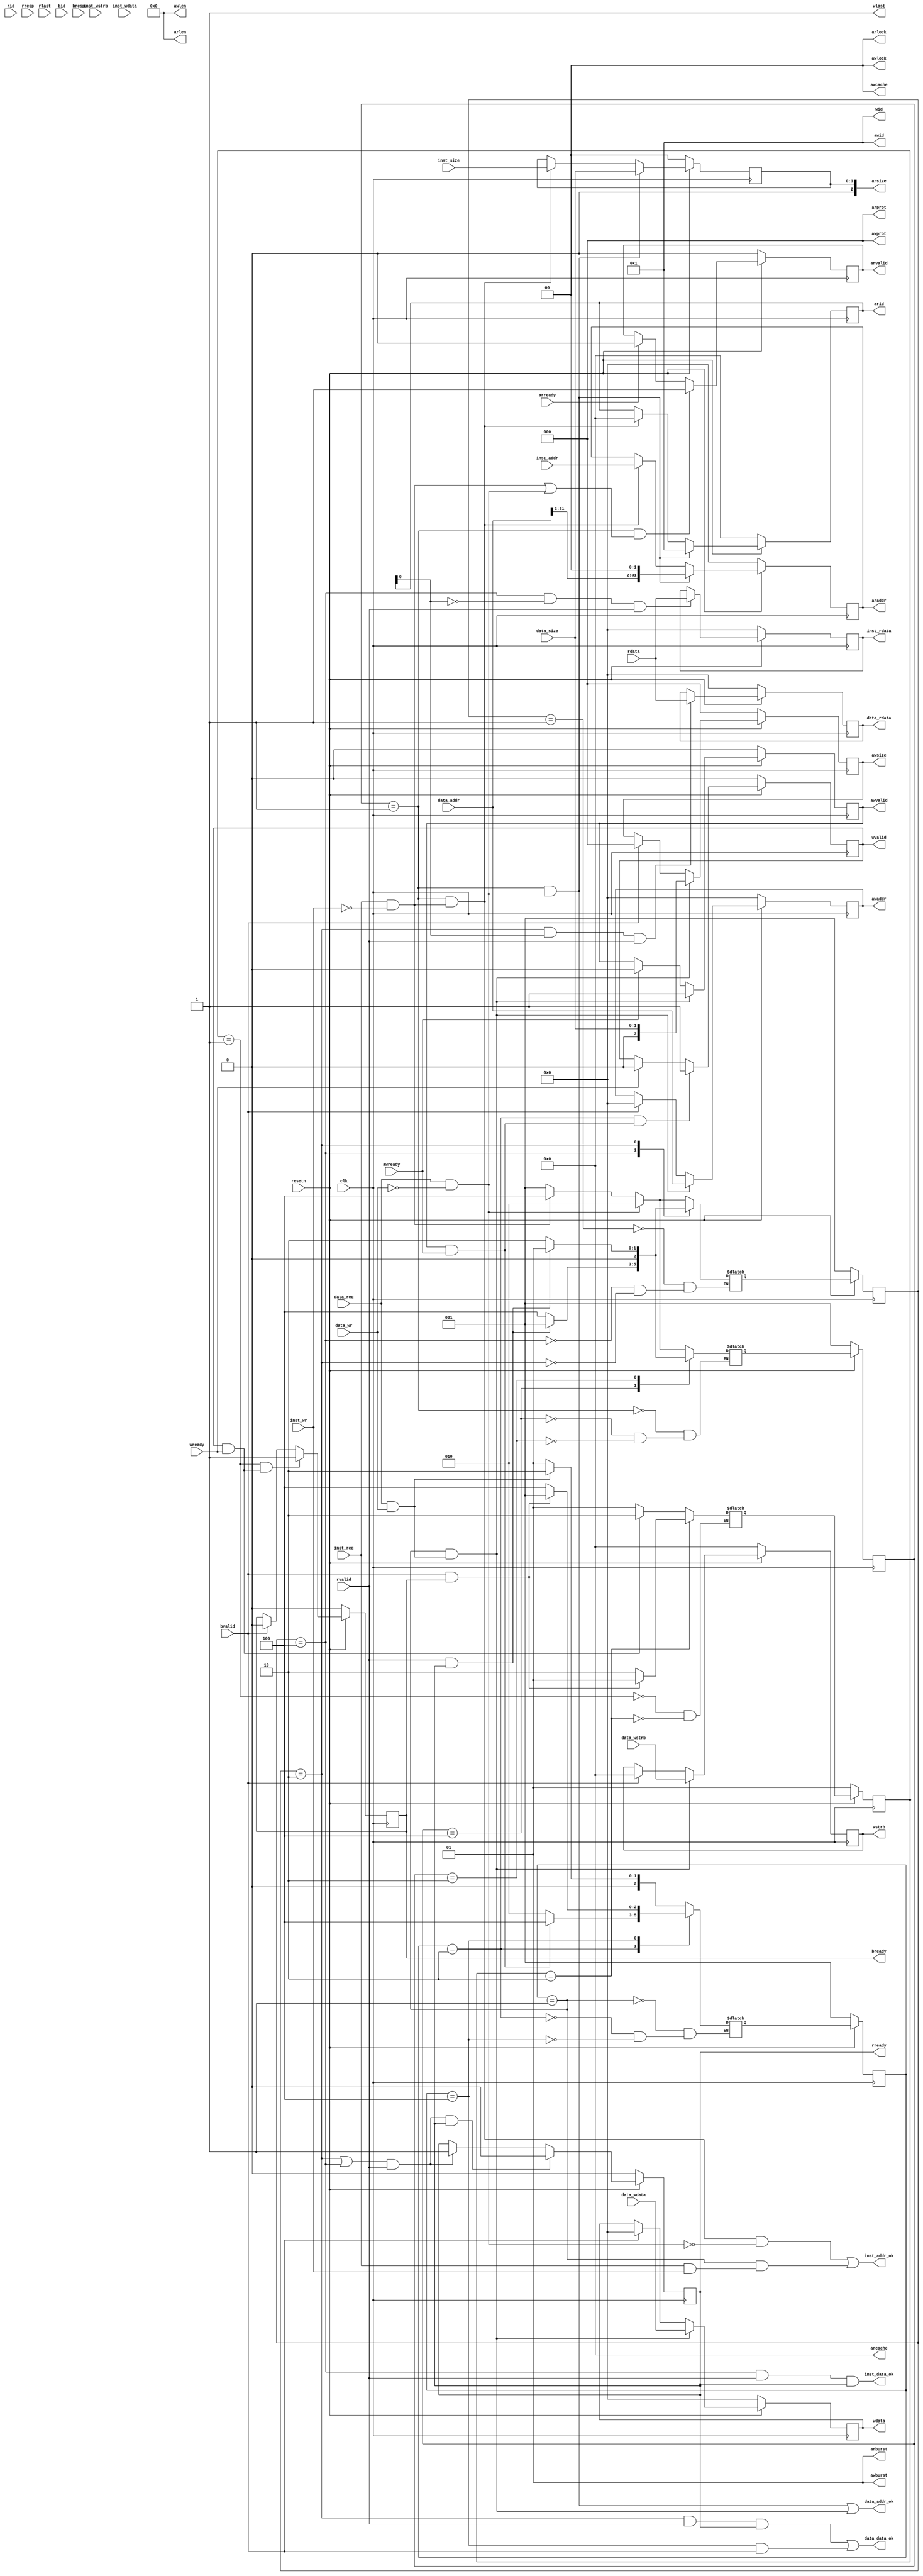
module cpu_bridge_axi(
    input           clk,
    input           resetn,

    /*
    cpu --> bridge --> axi --
                            |
                            V
    cpu <-- bridge <-- axi --
    */

    /*
    inst sram:
    master: cpu ; slave: bridge
    input:  cpu --> bridge
    output: bridge --> cpu
    */
    input           inst_req,
    input           inst_wr,
    input  [1:0]    inst_size,
    input  [31:0]   inst_addr,
    input  [3:0]    inst_wstrb,
    input  [31:0]   inst_wdata,
    output [31:0]   inst_rdata,
    output          inst_addr_ok,
    output          inst_data_ok,

    /*
    data sram:
    master: cpu ; slave: bridge
    input:  cpu --> bridge
    output: bridge --> cpu
    */
    input           data_req,
    input           data_wr,
    input  [1:0]    data_size,
    input  [31:0]   data_addr,
    input  [3:0]    data_wstrb,
    input  [31:0]   data_wdata,
    output [31:0]   data_rdata,
    output          data_addr_ok,
    output          data_data_ok,

    /*
    axi:
    master: bridge ; slave: axi
    input:  axi --> bridge
    output: bridge --> axi
    */

    //ar    读请求通道
    output [3:0]    arid,           //读请求ID号                           取指0，取数1     
    output [31:0]   araddr,         //读请求的地址    
    output [7:0]    arlen,          //fixed --> 8'b0
    output [2:0]    arsize,         //请求传输大小(数据传输每拍的字节数)     
    output [1:0]    arburst,        //fixed --> 2'b1
    output [1:0]    arlock,         //fixed --> 2'b0
    output [3:0]    arcache,        //fixed --> 4'b0
    output [2:0]    arprot,         //fixed --> 3'b0
    output          arvalid,        //读请求地址握手(读请求地址有效)
    input           arready,        //读请求地址握手(slave端准备好接收地址)

    //r  读响应通道
    input  [3:0]    rid,            //读请求的ID号，同一请求的rid=arid
    input  [31:0]   rdata,          //读请求的读回数据
    input  [1:0]    rresp,          //ignore
    input           rlast,          //ignore
    input           rvalid,         //读请求数据握手(读请求数据有效)
    output          rready,         //读请求数据握手(master端准备好接收数据)

    //aw  写请求通道
    output [3:0]    awid,           //fixed, 4'b1
    output [31:0]   awaddr,         //写请求的地址
    output [7:0]    awlen,          //fixed, 8'b0
    output [2:0]    awsize,         //请求传输的大小(数据传输每拍的字节数)
    output [1:0]    awburst,        //fixed, 2'b1
    output [1:0]    awlock,         //fixed, 2'b0
    output [1:0]    awcache,        //fixed, 4'b0
    output [2:0]    awprot,         //fixed, 3'b0
    output          awvalid,        //写请求地址握手(写请求地址有效)
    input           awready,        //写请求地址握手(slave端准备好接收地址)

    //w  写数据通道
    output [3:0]    wid,            //fixed, 4'b1
    output [31:0]   wdata,          //写请求的写数据
    output [3:0]    wstrb,          //字节选通位
    output          wlast,          //fixed, 1'b1
    output          wvalid,         //写请求数据握手(写请求数据有效)
    input           wready,         //写请求数据握手(slave端准备好接收数据)

    //b  写响应通道
    input  [3:0]    bid,            //ignore
    input  [1:0]    bresp,          //ignore
    input           bvalid,         //写请求响应握手(写请求响应有效)
    output          bready          //写请求响应握手(master端准备好接收写响应)
);


   //读请求状态机
localparam  AR_START        = 3'b001,
            AR_DATA         = 3'b010,
            AR_INST         = 3'b100,

            //读响应状态机
            R_START         = 3'b001,
            R_DATA          = 3'b010,
            R_INST          = 3'b100,

            //写请求、数据状态机
            AW_START        = 3'b001,
            AW_DATA         = 3'b010,
            W_DATA          = 3'b100,

            //写响应状态机
            B_START         = 2'b01,
            B_DATA          = 2'b10;

reg [2:0] ar_cur_state;
reg [2:0] ar_next_state;

reg [2:0] r_cur_state;
reg [2:0] r_next_state;

reg [2:0] aw_cur_state;
reg [2:0] aw_next_state;

reg [1:0] b_cur_state;
reg [1:0] b_next_state;

wire reset;
assign reset = ~resetn;

wire need_wait;  //写后读冲突，需要等待
assign need_wait = 1'b0;

/*---------------------------------读请求状态机-------------------------------------*/
always @(posedge clk)
    begin
        if(reset)
            ar_cur_state <= AR_START;
        else
            ar_cur_state <= ar_next_state;
    end

always @(*)
    begin
        case(ar_cur_state)
            AR_START:
                begin
                    //deal with data_req first
                    if(rd_data_req && ~need_wait)
                        ar_next_state = AR_DATA;
                    else if(rd_inst_req)
                        ar_next_state = AR_INST;
                    else
                        ar_next_state = AR_START;
                end
            AR_INST:
                begin
                    if(rvalid && rready)
                        ar_next_state = AR_START;
                    else
                        ar_next_state = AR_INST;
                end
            AR_DATA:
                begin
                    if(rvalid && rready)
                        ar_next_state = AR_START;
                    else
                        ar_next_state = AR_DATA;
                end
        endcase
    end

/*---------------------------------------------------------------------------------*/

/*---------------------------------读响应状态机-------------------------------------*/

always @(posedge clk)
    begin
        if(reset)
            r_cur_state <= R_START;
        else
            r_cur_state <= r_next_state;
    end

always @(*)
    begin
        case(r_cur_state)
            R_START:
                begin
                    //deal with data_req first
                    if(rd_data_req && ~need_wait)
                        r_next_state = R_DATA;
                    else if(rd_inst_req)
                        r_next_state = R_INST;
                    else
                        r_next_state = R_START;
                end
            R_INST:
                begin
                    if(rvalid && rready)
                        r_next_state = R_START;
                    else
                        r_next_state = R_INST;
                end
            R_DATA:
                begin
                    if(rvalid && rready)
                        r_next_state = R_START;
                    else
                        r_next_state = R_DATA;
                end
        endcase
    end

/*---------------------------------------------------------------------------------*/

/*---------------------------------写请求状态机-------------------------------------*/
always @(posedge clk)
    begin
        if(reset)
            aw_cur_state <= AW_START;
        else
            aw_cur_state <= aw_next_state;
    end

always @(*)
    begin
        case(aw_cur_state)
            AW_START:
                begin
                    if(wr_data_req)
                        aw_next_state = AW_DATA;
                    else
                        aw_next_state = AW_START;
                end
            AW_DATA:
                begin
                    if(awvalid && awready)
                        aw_next_state = W_DATA;
                    else
                        aw_next_state = AW_DATA;
                end
            W_DATA:
                begin
                    //if(wvalid && wready)
                    if(bvalid && bready)
                        aw_next_state = AW_START;
                    else
                        aw_next_state = W_DATA;
                end
        endcase
    end

/*---------------------------------------------------------------------------------*/

/*---------------------------------写响应状态机-------------------------------------*/
always @(posedge clk)
    begin
        if(reset)
            b_cur_state <= B_START;
        else
            b_cur_state <= b_next_state;
    end

always @(*)
    begin
        case(b_cur_state)
            B_START:
                begin
                    if(wvalid && wready)
                        b_next_state = B_DATA;
                    else
                        b_next_state = B_START;
                end
            B_DATA:
                begin
                    if(bvalid && bready)
                        b_next_state = B_START;
                    else
                        b_next_state = B_DATA;
                end
        endcase
    end

/*---------------------------------------------------------------------------------*/

/*-----------------------------------simplify--------------------------------------*/
wire arid_for_inst;
wire arid_for_data;

assign arid_for_inst = ~arid[0];      //arid == 4'd0 读指
assign arid_for_data = arid[0];       //arid == 4'd1 读数

wire rd_inst_req;
wire wr_inst_req;
wire rd_data_req;
wire wr_data_req;

//wr --> 0读 ; 1写
assign rd_inst_req = inst_req && ~inst_wr;      
assign wr_inst_req = inst_req && inst_wr;
assign rd_data_req = data_req && ~data_wr;
assign wr_data_req = data_req && data_wr;

/*----------------------------------------------------------------------------------*/

/*------------------------------------ar_assign-------------------------------------*/
reg  [3:0]  arid_reg;
reg  [31:0] araddr_reg;
reg  [1:0]  arsize_reg;
reg         arvalid_reg;

always @(posedge clk)
    begin
        if(reset)
            arid_reg <= 4'd0;
        else if(ar_cur_state == AR_START && rd_data_req)
            arid_reg <= 4'd1;   //1 --> 取数
        else if(ar_cur_state == AR_START && rd_inst_req)
            arid_reg <= 4'd0;   //0 --> 取指
        /*
        else if(ar_cur_state == AR_DATA && (arvalid && arready))
            arid_reg <= 4'd0;
        */
    end

always @(posedge clk)
    begin
        if(reset)
            araddr_reg <= 32'd0;
        else if(ar_cur_state == AR_START && rd_data_req)
            araddr_reg <= {data_addr[31:2], 2'd0};
        else if(ar_cur_state == AR_START && rd_inst_req)
            araddr_reg <= inst_addr;
        /*
        else if(ar_cur_state == AR_DATA && (arvalid && arready))
            araddr_reg <= 32'd0;
        */
    end

always @(posedge clk)
    begin
        if(reset)
            arsize_reg <= 2'd0;
        else if(ar_cur_state == AR_START && rd_data_req)
            arsize_reg <= data_size;
        else if(ar_cur_state == AR_START && rd_inst_req)
            arsize_reg <= inst_size;
        /*
        else if(ar_cur_state == AR_DATA && (arvalid && arready))
            arsize_reg <= 2'd0;
        */
    end

always @(posedge clk)
    begin
        if(reset)
            arvalid_reg <= 1'b0;
        else if(ar_cur_state == AR_START && (rd_inst_req || (rd_data_req && ~need_wait)))
            arvalid_reg <= 1'b1;
        else if(arready)
            arvalid_reg <= 1'b0;
    end

assign arid    = arid_reg;
assign araddr  = araddr_reg;
assign arlen   = 8'b0;
assign arsize  = arsize_reg;
assign arburst = 2'b1;
assign arlock  = 1'b0;
assign arcache = 4'b0;
assign arprot  = 3'b0;
assign arvalid = arvalid_reg;

/*----------------------------------------------------------------------------------*/

/*-------------------------------------r_assign-------------------------------------*/
reg rready_reg;

always @(posedge clk)
    begin
        if(reset)
            rready_reg <= 1'b0;
        else if((r_cur_state == R_DATA || r_cur_state == R_INST) && rvalid && rready)
            rready_reg <= 1'b0;
        else if((r_cur_state == R_DATA || r_cur_state == R_INST) && rvalid)
            rready_reg <= 1'b1;
        
    end

assign rready = rready_reg;

/*----------------------------------------------------------------------------------*/

/*------------------------------------aw_assign-------------------------------------*/
reg [31:0]  awaddr_reg;
reg [2:0]   awsize_reg;
reg         awvalid_reg;

always @(posedge clk)
    begin
        if(reset)
            awaddr_reg <= 32'd0;
        else if(aw_cur_state == AW_START && wr_data_req)
            awaddr_reg <= data_addr;
        else if(bvalid)
            awaddr_reg <= 32'b0;
    end

always @(posedge clk)
    begin
        if(reset)
            awsize_reg <= 3'b0;
        else if(aw_cur_state == AW_START && wr_data_req)
            awsize_reg <= data_size;
        else if(bvalid)
            awsize_reg <= 3'b0;
    end

always @(posedge clk)
    begin
        if(reset)
            awvalid_reg <= 1'b0;
        else if(aw_cur_state == AW_START && (wr_data_req))
            awvalid_reg <= 1'b1;
        else if(awready)
            awvalid_reg <= 1'b0;
    end

assign awid     = 4'b1;
assign awaddr   = awaddr_reg;
assign awlen    = 8'b0;
assign awsize   = awsize_reg;
assign awburst  = 2'b01;
assign awlock   = 1'b0;
assign awcache  = 4'b0;
assign awprot   = 3'b0;
assign awvalid  = awvalid_reg;

/*----------------------------------------------------------------------------------*/

/*-------------------------------------w_assign-------------------------------------*/
reg [31:0] wdata_reg;
reg [3:0]  wstrb_reg;
reg        wvalid_reg;

always @(posedge clk)
    begin
        if(reset)
            wdata_reg <= 32'b0;
        else if(aw_cur_state == AW_START && wr_data_req)
            wdata_reg <= data_wdata;
        else if(bvalid)
            wdata_reg <= 32'b0;
    end

always @(posedge clk)
    begin
        if(reset)
            wstrb_reg <= 4'b0;
        else if(aw_cur_state == AW_START && wr_data_req)
            wstrb_reg <= data_wstrb;
        else if(bvalid)
            wstrb_reg <= 4'b0;
    end

always @(posedge clk)
    begin
        if(reset)
            wvalid_reg <= 1'b0;
        else if(aw_cur_state == AW_DATA && (awvalid && awready))
            wvalid_reg <= 1'b1;
        else if(wready)
            wvalid_reg <= 1'b0;
    end

assign wid      = 4'b1;
assign wdata    = wdata_reg;
assign wstrb    = wstrb_reg;
assign wlast    = 1'b1;
assign wvalid   = wvalid_reg;

/*----------------------------------------------------------------------------------*/

/*-------------------------------------b_assign-------------------------------------*/
reg bready_reg;

always @(posedge clk)
    if(reset)
        bready_reg <= 1'b0;
    else if(b_cur_state == B_START && (wvalid && wready))
        bready_reg <= 1'b1;
    else if(bvalid)
        bready_reg <= 1'b0;

assign bready = bready_reg;

/*----------------------------------------------------------------------------------*/

/*---------------------------------------to cpu-------------------------------------*/
assign inst_addr_ok = ( (ar_cur_state == AR_START) && rd_inst_req && ~rd_data_req)  //deal with rd_data_req first
                  ||  ( (aw_cur_state == AW_START) && wr_inst_req);

assign data_addr_ok = ( (ar_cur_state == AR_START) && rd_data_req && ~need_wait)
                  ||  ( (aw_cur_state == AW_START) && wr_data_req);

assign inst_data_ok = ( (r_cur_state == R_INST) && rvalid && rready);

assign data_data_ok = ( (r_cur_state == R_DATA) && rvalid && rready)
                  ||  ( (aw_cur_state == W_DATA) && bvalid);

reg [31:0] inst_rdata_reg;
reg [31:0] data_rdata_reg;

always @(posedge clk)
    begin
        if(reset)
            inst_rdata_reg <= 32'b0;
        else if(r_cur_state == R_INST && arid_for_inst && rvalid)
            inst_rdata_reg <= rdata;
        /*  if temp_inst need it , can't clear it
        else if(r_cur_state == R_START)
            inst_rdata_reg <= 32'b0;
        */
    end

always @(posedge clk)
    begin
        if(reset)
            data_rdata_reg <= 32'b0;
        else if(r_cur_state == R_DATA && arid_for_data && rvalid)
            data_rdata_reg <= rdata;
        /*
        else if(r_cur_state == R_START)
            data_rdata_reg <= 32'b0;
        */
    end

assign inst_rdata = inst_rdata_reg;
assign data_rdata = data_rdata_reg;

/*----------------------------------------------------------------------------------*/
endmodule